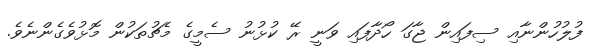
ފުލުހުންނާއި ސިފައިން ޖާގަ ހޯދާފައި ވަނީ ރޭ ކުޅުނު ސެމީގެ މެޗުތަކުން މޮޅުވެގެންނެވެ.